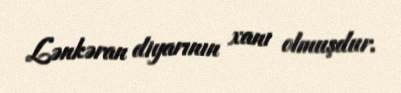
Lənkəran diyarının xanı olmuşdur.